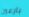
بارعين